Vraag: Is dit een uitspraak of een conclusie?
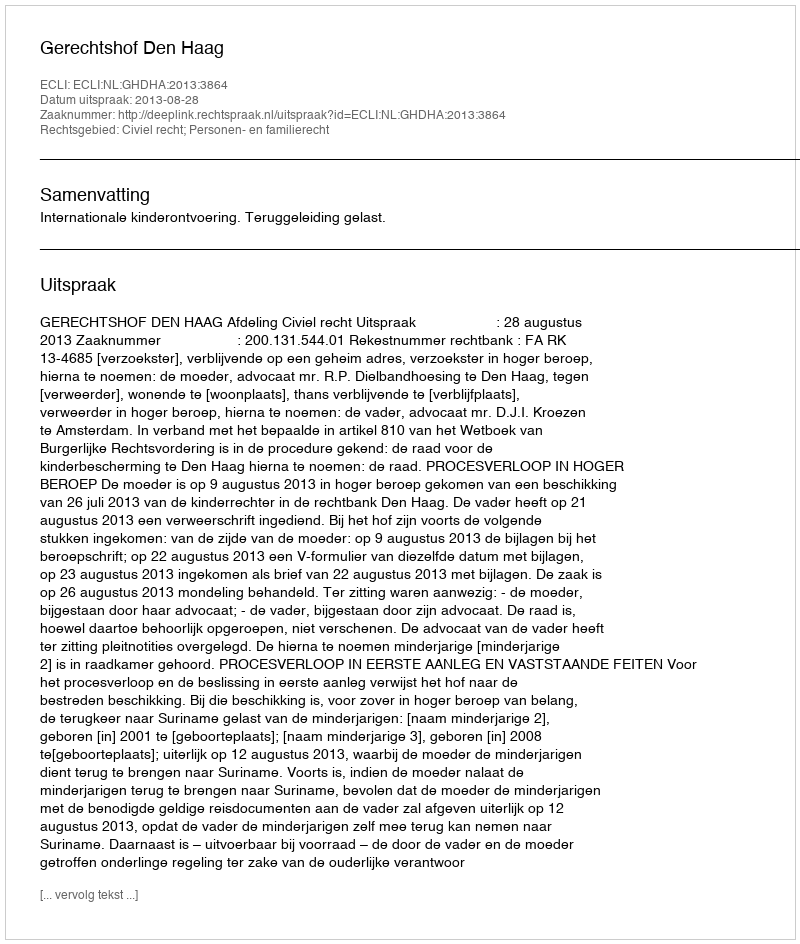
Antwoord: Uitspraak